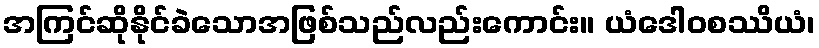
အကြင်ဆိုနိုင်ခဲသောအဖြစ်သည်လည်းကောင်း။ ယံဒေါဝစဿိယံ၊